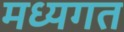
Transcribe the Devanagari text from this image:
मध्यगत